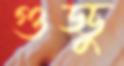
গুড্ডু